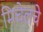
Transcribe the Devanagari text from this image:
मिचेलचे